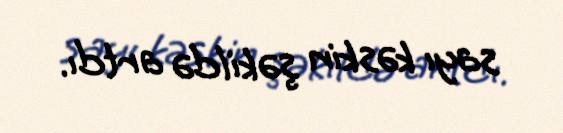
sayı kəskin şəkildə artdı.